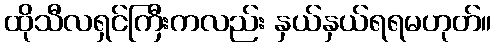
ထိုသီလရှင်ကြီးကလည်း နှယ်နှယ်ရရမဟုတ်။